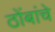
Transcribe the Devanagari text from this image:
ठोंबांचे